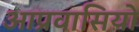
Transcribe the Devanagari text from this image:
आप्रवासियो